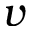
\boldsymbol { v }